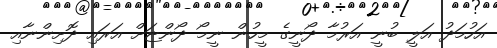
އަހުމަދު އަލީ ބުނީ އަރުމާ ދޯނީގެ މީހުން ނީމޯ ދޯންޏަށް އަރައި ދޮށިންނާއި